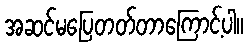
အဆင်မပြေတတ်တာကြောင့်ပါ။